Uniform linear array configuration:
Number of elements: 48
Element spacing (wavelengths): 0.5
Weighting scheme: uniform
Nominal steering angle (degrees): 15
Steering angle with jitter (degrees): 14.863
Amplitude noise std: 0.05
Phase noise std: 0.05

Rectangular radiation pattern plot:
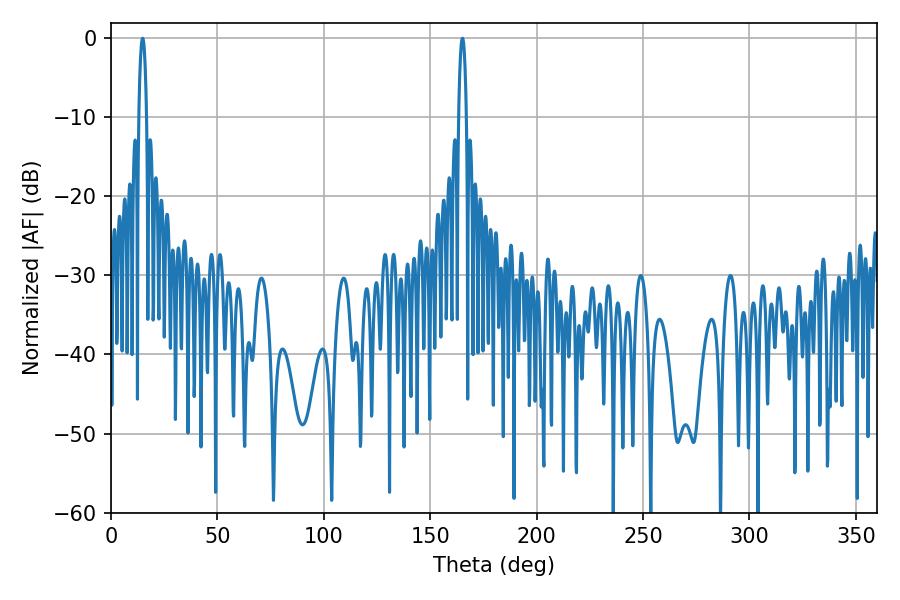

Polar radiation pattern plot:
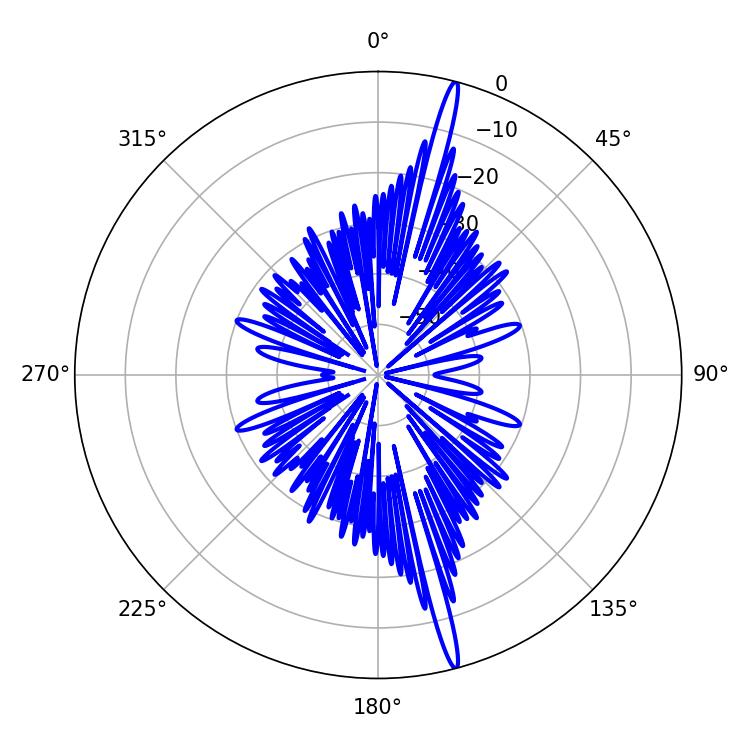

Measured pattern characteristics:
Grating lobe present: FALSE
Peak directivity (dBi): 19.572
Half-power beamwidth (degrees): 1.98
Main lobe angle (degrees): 165.06